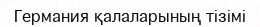
Германия қалаларының тізімі